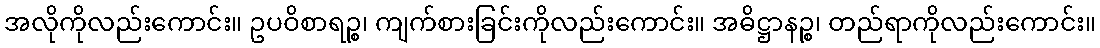
အလိုကိုလည်းကောင်း။ ဥပဝိစာရဉ္စ၊ ကျက်စားခြင်းကိုလည်းကောင်း။ အဓိဋ္ဌာနဉ္စ၊ တည်ရာကိုလည်းကောင်း။